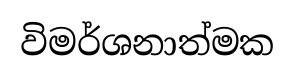
විමර්ශනාත්මක